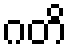
ဂတိ